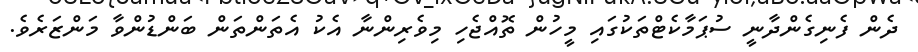
ދެން ފެނިގެންދާނީ ސުޕަމާކެޓްތަކުގައި މީހުން ތޮއްޖެހި މިވެރިންނާ އެކު އެތަންތަން ބަންޑުންވާ މަންޒަރެވެ.